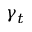
\gamma _ { t }